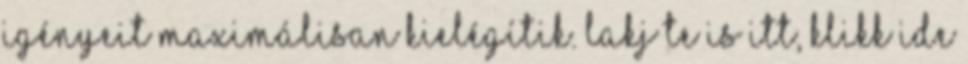
igényeit maximálisan kielégítik. Lakj te is itt, klikk ide